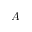
A